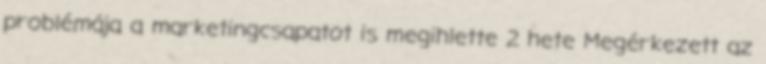
problémája a marketingcsapatot is megihlette 2 hete Megérkezett az